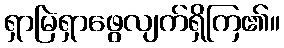
ရှာမြဲရှာဖွေလျက်ရှိကြ၏။